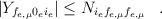
\begin{align*}|Y_{f_{e,\mu}0_ei_e}| \leq N_{i_ef_{e,\mu}f_{e,\mu}} \;\;\; .\end{align*}